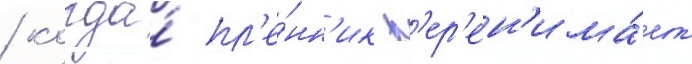
/ когда́ пл'е́нн'ик п'ер'ен'има́ет